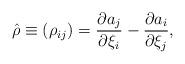
LaTeX: \begin{align*}\hat\rho\equiv(\rho_{ij})={\partial a_j\over\partial\xi_i}-{\partial a_i\over\partial\xi_j},\end{align*}